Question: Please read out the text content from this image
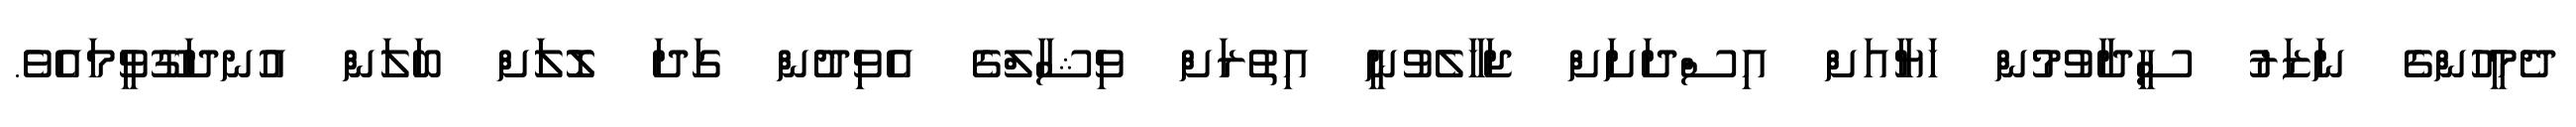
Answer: ދެމީހުންގެ ނަޒަރު ސީދާވުމުން ހަޔާއަށް އިސްދަށަށް ޖަހާލެވުނީ އިތުރަށް ވިޝާލްގެ އެވިދުން ގަދަ ލޮލަށް ބަލަން އުނދަގޫވީމައެވެ.